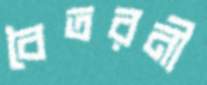
বৈতরনী